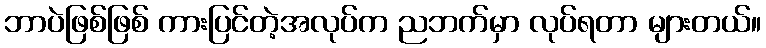
ဘာပဲဖြစ်ဖြစ် ကားပြင်တဲ့အလုပ်က ညဘက်မှာ လုပ်ရတာ များတယ်။